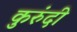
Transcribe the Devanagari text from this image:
कुरुंदी